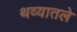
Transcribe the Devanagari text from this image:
थव्यातले